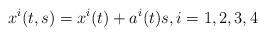
LaTeX: \begin{align*}x^i(t,s)=x^i(t)+a^i(t)s, i=1,2,3,4\end{align*}